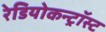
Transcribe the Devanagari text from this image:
रेडियोकन्ट्रॉस्ट